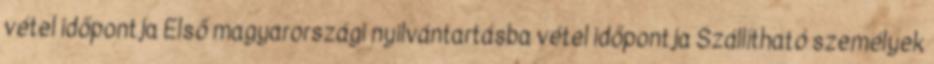
vétel időpontja Első magyarországi nyilvántartásba vétel időpontja Szállítható személyek